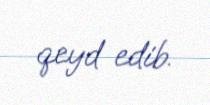
qeyd edib.